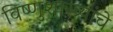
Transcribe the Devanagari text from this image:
विष्णुशास्त्र्यांचे